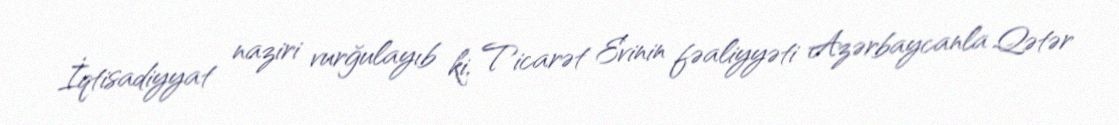
İqtisadiyyat naziri vurğulayıb ki, Ticarət Evinin fəaliyyəti Azərbaycanla Qətər